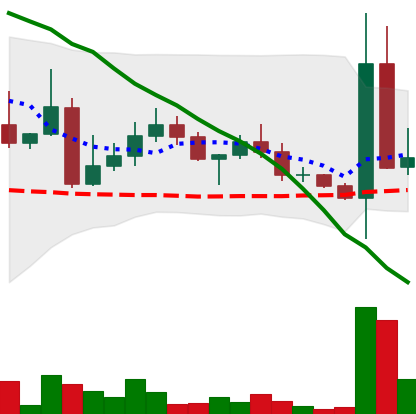
Ticker: DOGE-USD
Chart end date: 2022-04-27
Forward return: -6.272%
Label: down_5_7